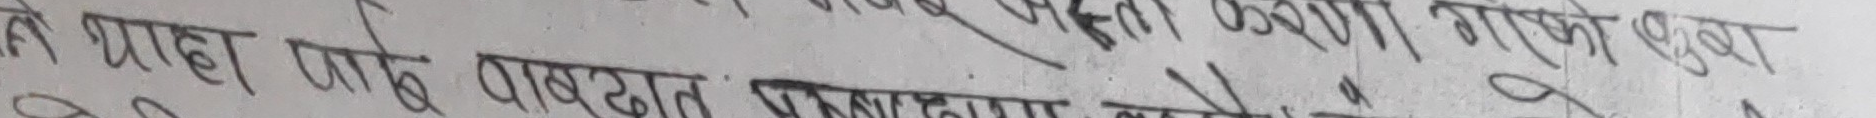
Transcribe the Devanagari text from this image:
ले थाहा पाए जब बाख्रात गर्न सकेँ । बालेको कुरा